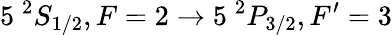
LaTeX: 5~^{2}S_{1/2},F=2\rightarrow 5~^{2}P_{3/2},F^{\prime}=3